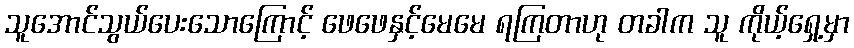
သူအောင်သွယ်ပေးသောကြောင့် ဖေဖေနှင့်မေမေ ရကြတာဟု တခါက သူ ကိုယ့်ရှေ့မှာ